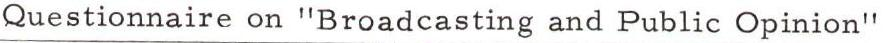
Questionnaire on "Broadcasting and Public Opinion"